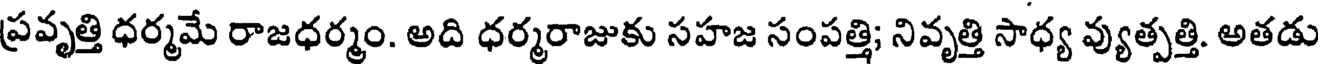
ప్రవృత్తి ధర్మమే రాజధర్మం. అది ధర్మరాజుకు సహజ సంపత్తి; నివృత్తి సాధ్య వ్యుత్పత్తి. అతడు